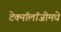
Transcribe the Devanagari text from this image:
टेक्नॉलॉजीमधे